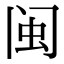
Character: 闽